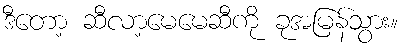
ဒီတော့ ဆီလာ့မေမေဆီကို ခုအမြန်သွား။